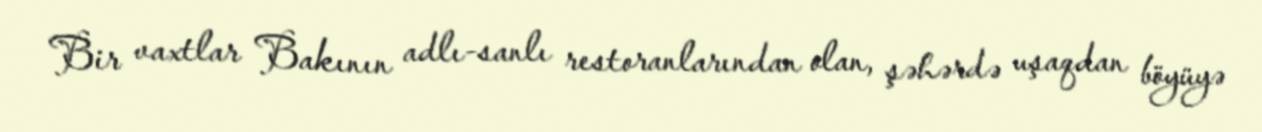
Bir vaxtlar Bakının adlı-sanlı restoranlarından olan, şəhərdə uşaqdan böyüyə